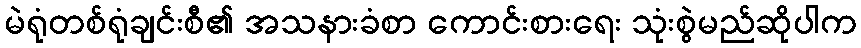
မဲရုံတစ်ရုံချင်းစီ၏ အသနားခံစာ ကောင်းစားရေး သုံးစွဲမည်ဆိုပါက